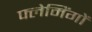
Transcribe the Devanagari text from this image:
फ्लेमिंगों